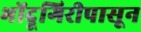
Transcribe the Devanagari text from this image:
भोंदूगिरीपासून